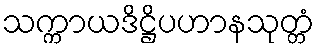
သက္ကာယဒိဋ္ဌိပဟာနသုတ္တံ